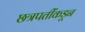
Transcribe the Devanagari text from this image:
छत्रपतींकडून